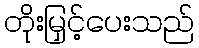
တိုးမြှင့်ပေးသည်